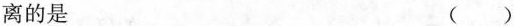
离的是 ( )